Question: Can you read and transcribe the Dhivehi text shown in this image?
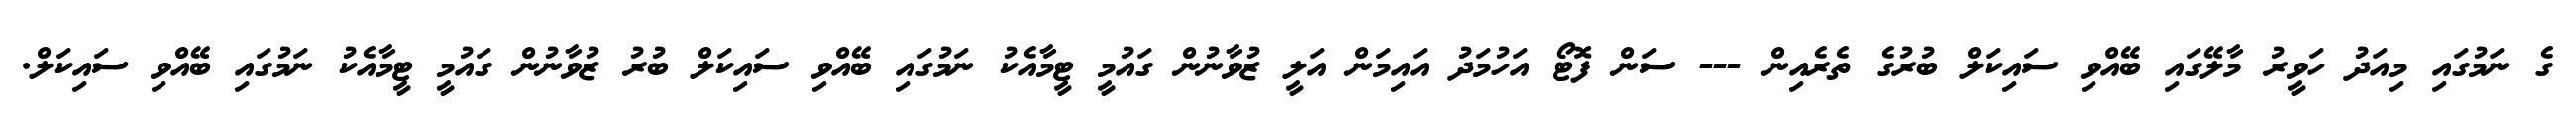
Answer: ގެ ނަމުގައި މިއަދު ހަވީރު މާލޭގައި ބޭއްވި ސައިކަލް ބުރުގެ ތެރެއިން --- ސަން ފޮޓޯ އަހުމަދު އައިމަން އަލީ ޒުވާނުން ގައުމީ ޓީމާއެކު ނަމުގައި ބޭއްވި ސައިކަލް ބުރު ޒުވާނުން ގައުމީ ޓީމާއެކު ނަމުގައި ބޭއްވި ސައިކަލް.